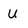
Character: U